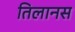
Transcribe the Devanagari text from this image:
तिलानस